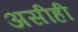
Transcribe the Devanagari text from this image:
असीही